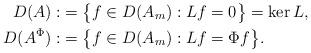
LaTeX: \begin{align*}D(A):&=\bigl\{f\in D(A_m):Lf=0\bigr\}=\ker L,\\D(A^\Phi):&=\bigl\{f\in D(A_m):Lf=\Phi f\bigr\}.\end{align*}